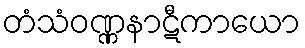
တံသံဝဏ္ဏနာဋီကာယော